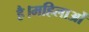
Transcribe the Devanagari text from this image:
है।महिलाओं